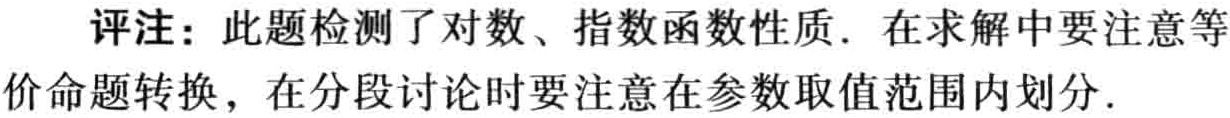
评注：此题检测了对数、指数函数性质. 在求解中要注意等价命题转换，在分段讨论时要注意在参数取值范围内划分.